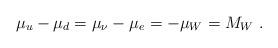
LaTeX: \begin{align*}\mu_u - \mu_d = \mu_\nu - \mu_e = - \mu_W = M_W \ .\end{align*}